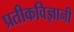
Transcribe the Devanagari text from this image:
प्रतीकविज्ञानी